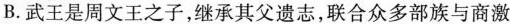
B．武王是周文王之子，继承其父遗志，联合众多部族与商激